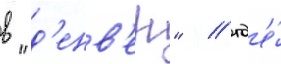
в "д'енв'ер" / гд'е́